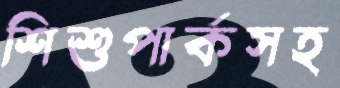
শিশুপার্কসহ